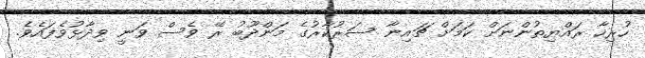
ހުރިހާ ރައްޔިތުންނަށް ކަމަށް ޗައިނާ ސަރުކާރުގެ މަންދޫބު ރޭ ވެސް ވަނީ ވިދާޅުވެފައެވެ.